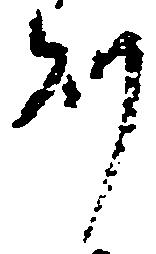
則